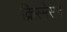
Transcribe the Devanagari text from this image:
क्रिस्मेसन